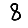
Digit: 8